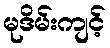
မုဒိမ်းကျင့်